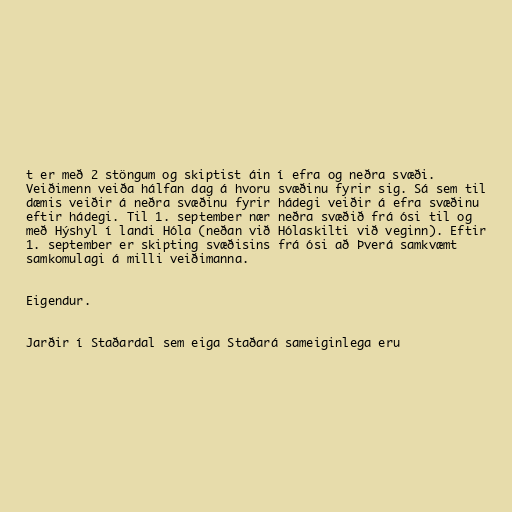
t er með 2 stöngum og skiptist áin í efra og neðra svæði.
Veiðimenn veiða hálfan dag á hvoru svæðinu fyrir sig. Sá sem til
dæmis veiðir á neðra svæðinu fyrir hádegi veiðir á efra svæðinu
eftir hádegi. Til 1. september nær neðra svæðið frá ósi til og
með Hýshyl í landi Hóla (neðan við Hólaskilti við veginn). Eftir
1. september er skipting svæðisins frá ósi að Þverá samkvæmt
samkomulagi á milli veiðimanna.

Eigendur.

Jarðir í Staðardal sem eiga Staðará sameiginlega eru